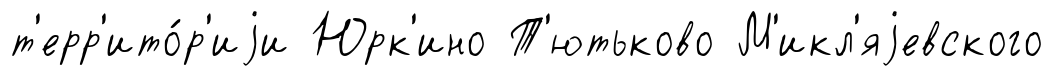
т'ерр'ито́р'иjи Юрк'ино Т'ютьково М'икл'яjевского